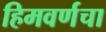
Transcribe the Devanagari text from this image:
हिमवर्णचा